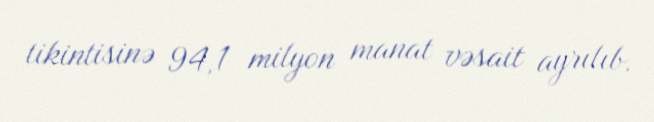
tikintisinə 94,1 milyon manat vəsait ayrılıb.